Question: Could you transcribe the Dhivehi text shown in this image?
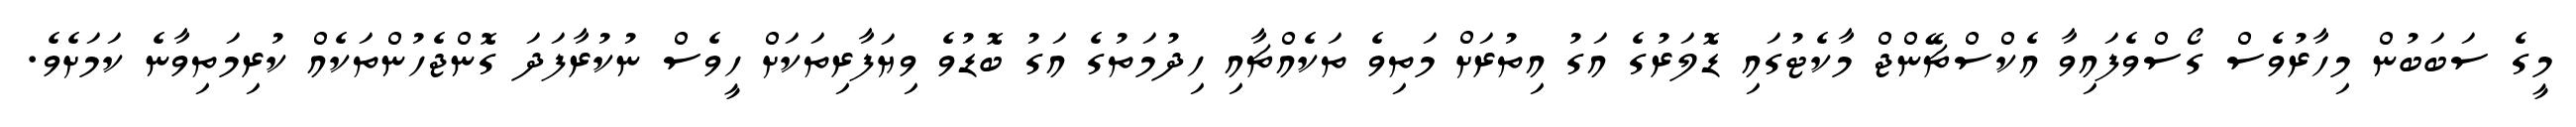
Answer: މީގެ ސަބަބުން މިހާރުވެސް ގޯސްވެފައިވާ އެކްސްޗޭންޖް މާކެޓުގައި ޑޮލަރުގެ އަގު އިތުރަށް މަތިވެ ތަކެއްޗާއި ހިދުމަތުގެ އަގު ބޮޑުވެ ވިޔަފާރިތަކަށް ހީވެސް ނުކުރާފަދަ ގޮންޖެހުންތަކެއް ކުރިމަތިވާނެ ކަމަށެވެ.